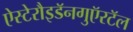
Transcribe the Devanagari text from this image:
ऐस्टेरौइडॅनगुऍरटॅल